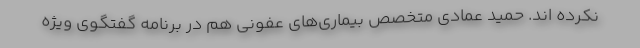
نکرده اند. حمید عمادی متخصص بیماری‌های عفونی هم در برنامه گفتگوی ویژه